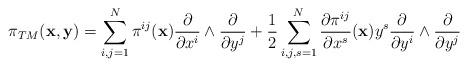
LaTeX: \begin{align*}\pi_{TM}({\bf x}, {\bf y})=\sum_{i,j=1}^{N} \pi^{ij}({\bf x})\frac{\partial}{\partial x^i}\wedge \frac{\partial}{\partial y^j}+\dfrac{1}{2}\sum_{i,j,s=1}^{N}\dfrac{\partial\pi^{ij} }{\partial x^s}({\bf x})y^s\frac{\partial}{\partial y^i}\wedge \frac{\partial}{\partial y^j}\end{align*}